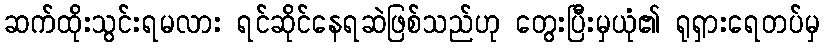
ဆက်ထိုးသွင်းရမလား ရင်ဆိုင်နေရဆဲဖြစ်သည်ဟု တွေးပြီးမှယုံ၏ ရုရှားရေတပ်မှ